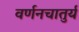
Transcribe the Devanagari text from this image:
वर्णनचातुर्य